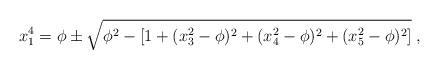
LaTeX: \begin{align*}x_1^4 =\phi \pm\sqrt{\phi^2-[1+ (x_3^2-\phi)^2+(x_4^2-\phi)^2+(x_5^2-\phi)^2 ]}\; , \end{align*}